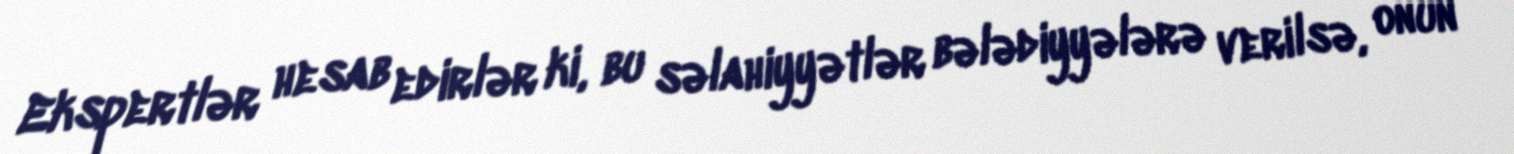
Ekspertlər hesab edirlər ki, bu səlahiyyətlər bələdiyyələrə verilsə, onun